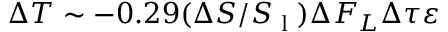
\Delta T \sim - 0 . 2 9 ( \Delta S / S _ { \textrm { l } } ) \Delta F _ { L } \Delta \tau \varepsilon